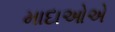
માદાઓએ